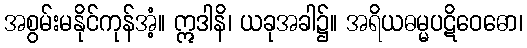
အစွမ်းမနိုင်ကုန်အံ့။ ဣဒါနိ၊ ယခုအခါ၌။ အရိယဓမ္မပဋိဝေဓော၊